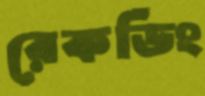
রেকর্ডিং